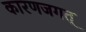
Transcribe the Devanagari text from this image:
कारणजगत्